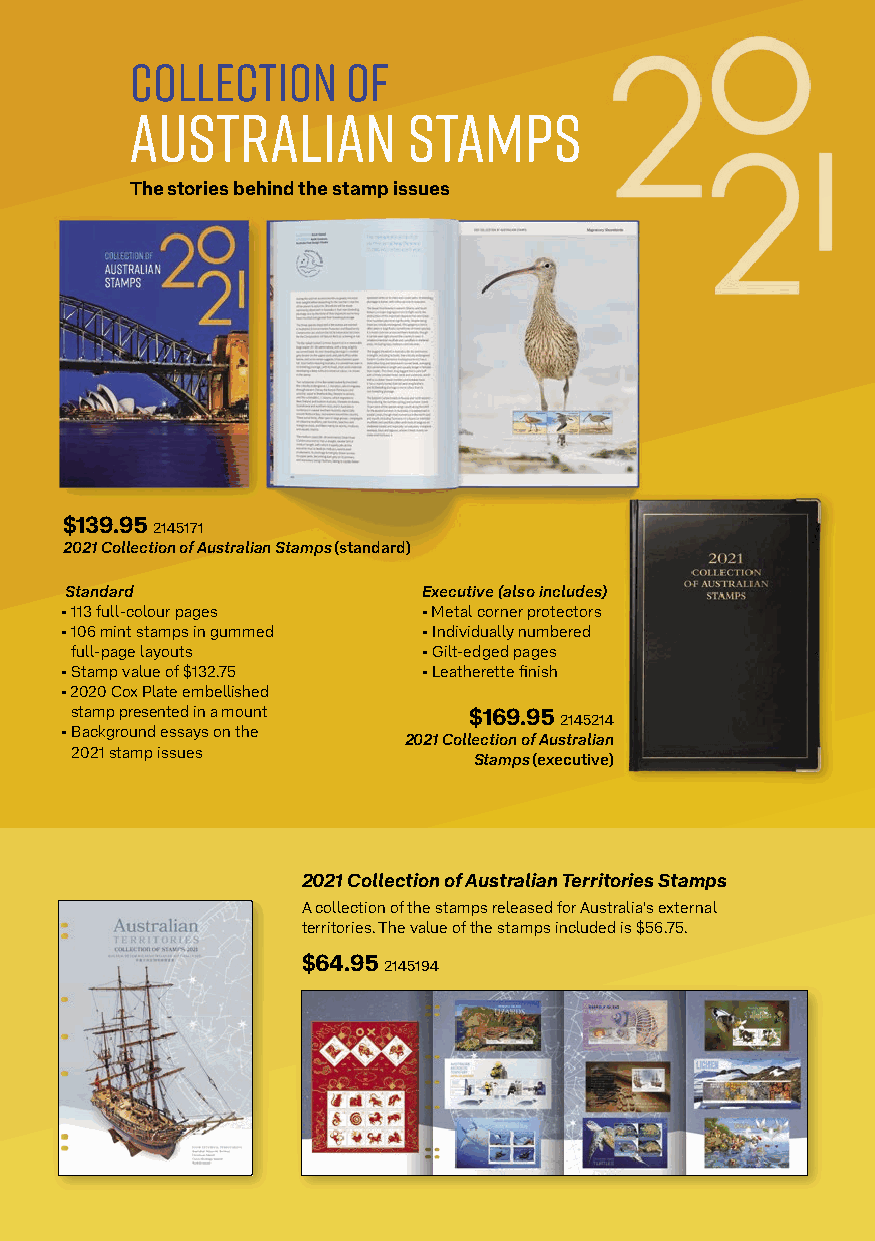
0
 Collection    of               2
 Australian        Stamps
 1
 2
 The stories behind the stamp issues
 $139.95 2145171
 2021 Collection of Australian Stamps (standard)
 Standard                Executive (also includes)
 • 113 full-colour pages • Metal corner protectors
 • 106 mint stamps in gummed • Individually numbered
 full-page layouts      • Gilt-edged pages
 • Stamp value of $132.75 • Leatherette finish
 • 2020 Cox Plate embellished
 stamp presented in a mount $169.95 2145214
 • Background essays on the
 2021 Collection of Australian
 2021 stamp issues
 Stamps (executive)
 2021 Collection of Australian Territories Stamps
 A collection of the stamps released for Australia's external
 territories. The value of the stamps included is $56.75.
 $64.95 2145194